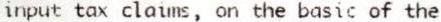
INPUT TAX CLAIMS, ON THE BASIC OF THE